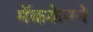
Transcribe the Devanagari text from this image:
मॅककेनने